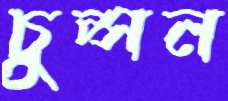
চুপ্‌সন